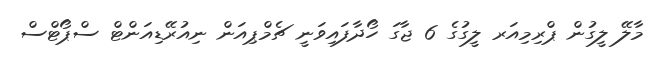
މާލޭ ލީގުން ޕްރިމިއަރ ލީގުގެ 6 ޖާގަ ހޯދާފައިވަނީ ޗެމްޕިއަން ނިއުރޭޑިއަންޓް ސްޕޯޓްސް